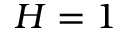
H = 1